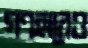
গণহারেও